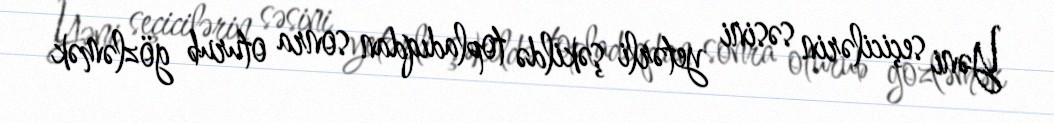
Yəni seçicilərin səsini yetərli şəkildə topladıqdan sonra oturub gözləmək